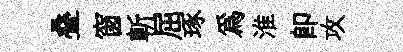
叠窗斬屈琢為淮卽攻